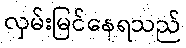
လှမ်းမြင်နေရသည်